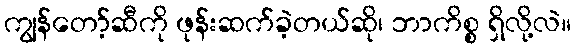
ကျွန်တော့်ဆီကို ဖုန်းဆက်ခဲ့တယ်ဆို၊ ဘာကိစ္စ ရှိလို့လဲ။